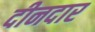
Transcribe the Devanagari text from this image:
दीनदार